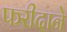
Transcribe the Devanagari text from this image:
फरीदाने